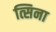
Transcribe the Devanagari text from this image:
त्सिना